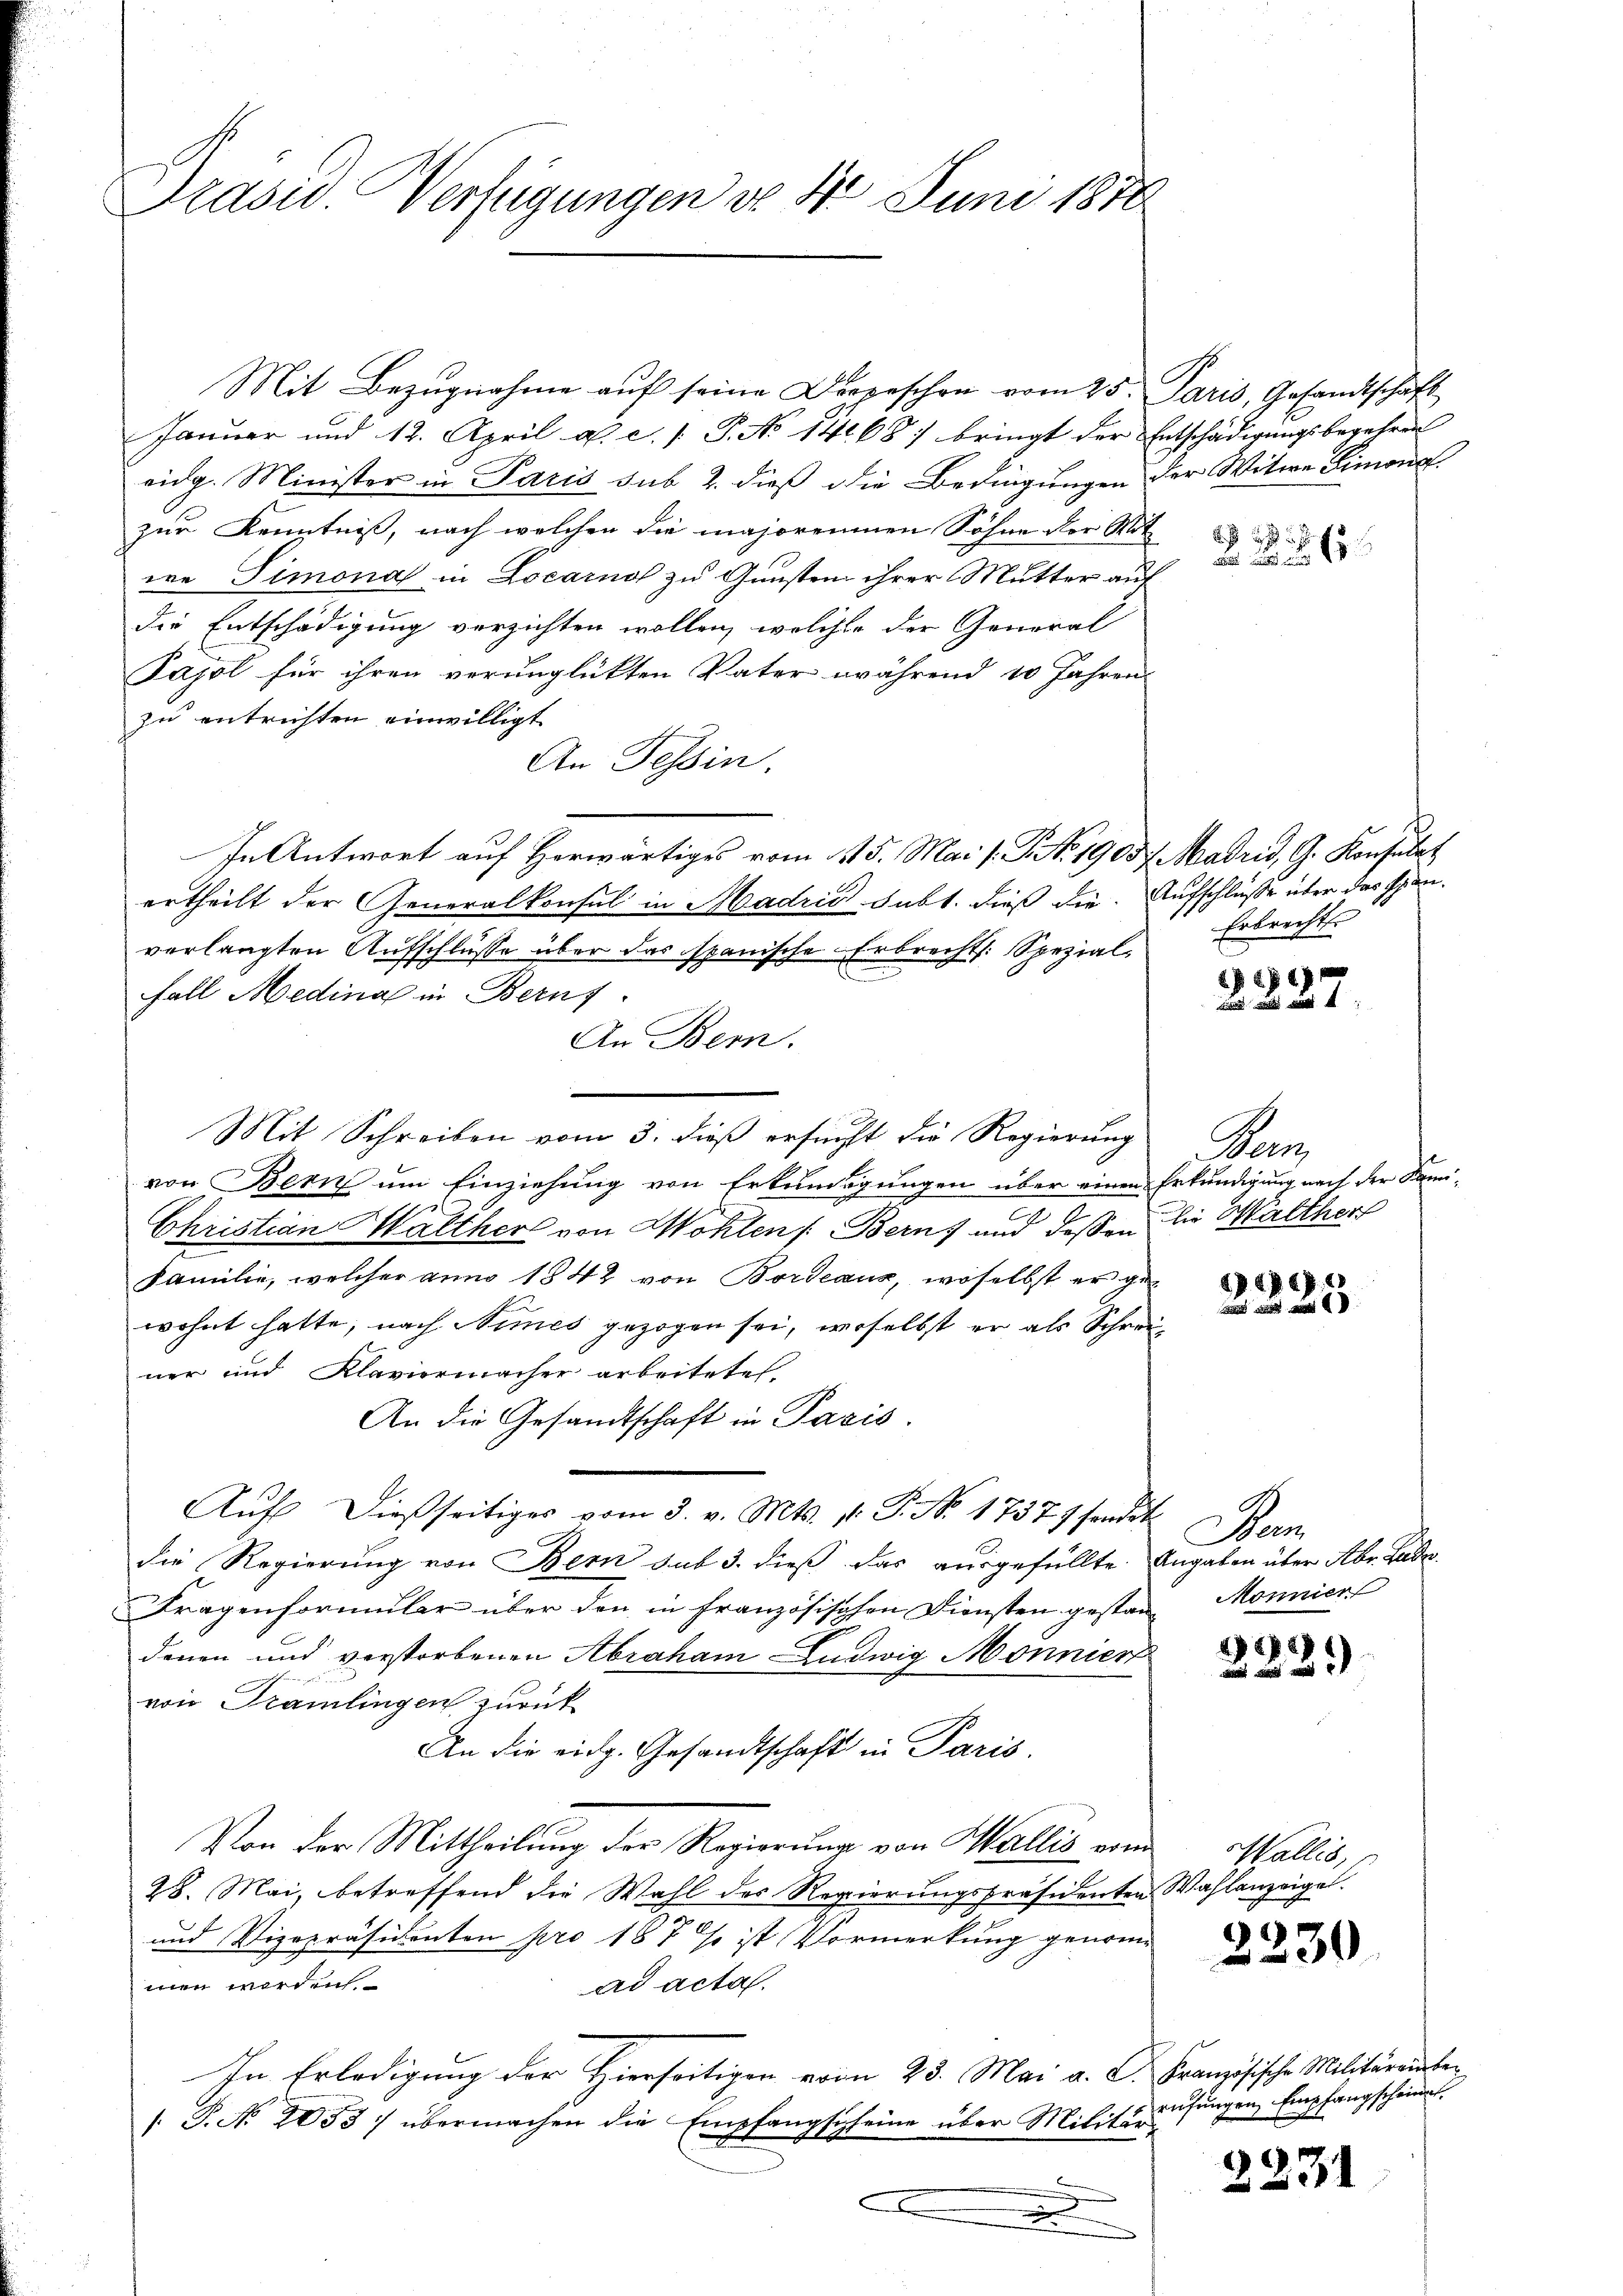
Präsid. Verfügungen d. 4t Juni 1888.

Januar und 12. April a. c. 1 P. No 14. 687 bringt der Entschädigungsbegehren
eidg. Minister in Paris sub 2. dieß die Bedingungen der Witwe Simona
zur Kenntniß, nach welchen die majorennen Söhne der Mit
ie Simona in Locarno zu Gunsten ihrer Mutter auf
die Entschädigung verzichten wollen, welcher der General-
Pajol für ihren verunglükten Vater während 10 Jahren
zu entrichten einwilligt.
An Tessin.
In Antwort auf Herwärtiges vom 1115. Mai l. G. No 19057. Madrid, G. Konsulat
ertheilt der Generalkonsul in Madrid subt. dieß die Aufschlüsse über das Spanverlangten Aufschlüsse über das spanische Erbrechts: Spezial-
e
Fall Medinal in Bernf
An Bern.
Mit Schreiben vom 3. dieß ersucht die Regierung
von Bern um Einziehung von Erkundigungen über einen Erkundigung nach der Fami-
z
Christian Walther von Wohlen Bern, und deßen die Walther
Familie, welcher anno 1842 von Bordeaux, woselbst er gewohnt hatte, nach Nimes gezogen sei, woselbst er als Schreiner und Klaviermacher arbeitetes,
An die Gesandtschaft in Paris.
Aŭf dießseitiges vom 3. v. Mts. 1. P. Nr. 1737) sondet
die Regierung von Bern sub 3. dieß das ausgefüllte Angaben über Aber Lade
Fragenformular über den in französischen Diensten gestanz Monnier
denen und verstorbenen Abraham Ludwig Monniert
von Tramlingen zurück
An die eidg. Gesandtschaft in Paris.
Von der Mittheilung der Regierung von Wallis vom
28. Mai, betreffend die Wahl des Regierungspräsidenten Wahlanzeigel.
und Vizepräsidenten pro 187 so ist Vormerkung genommen worden
ad acta.
In Erledigung der Hierseitigen vom 23. Mai a. C. Französische Militäreinber
/: P. No 1053 übermachen die Empfangscheine über Militär-
d

Mit Bezugnahme auf seine Depeschen vom 25. Paris, Gesandtschaft

e
 2 25

Erbrechts

J S. 1

Bam

68
 8

Da

88/
 2

Wallis,
2230

rufungen Empfangscheint.

2231